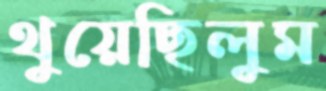
থুয়েছিলুম